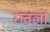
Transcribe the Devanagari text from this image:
रावलों